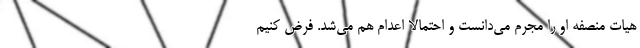
هيات منصفه او را مجرم مي‌دانست و احتمالا اعدام هم مي‌شد. فرض كنيم